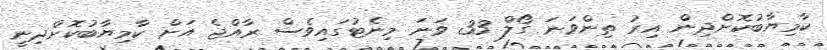
ކާމިޔާބުކޮށްދިން އިރު ތިންވަނަ ގޯލް 33 ވަނަ މިނެޓުގައިވެސް ރާއްޖެ އަށް ކާމިޔާބުކޮށްދިނީ